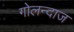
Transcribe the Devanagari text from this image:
गोलन्दाज